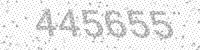
Solution: 445655